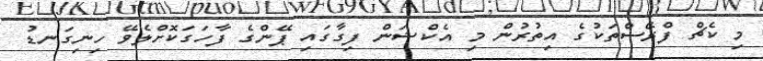
މި ކެޗް ފްރޭސްތަކުގެ އިތުރުން މި އެކްޝަން ފިގާގައި ޕޭންގެ ފާހަގަކޮށްލެވޭ ހިނިގަނޑު